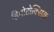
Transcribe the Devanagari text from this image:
हिमोटोक्सिक